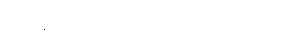
အရန်တပ်တွေ ဘယ်သူကြည့်မလဲ